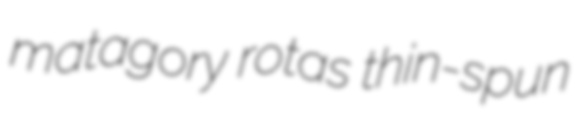
matagory rotas thin-spun